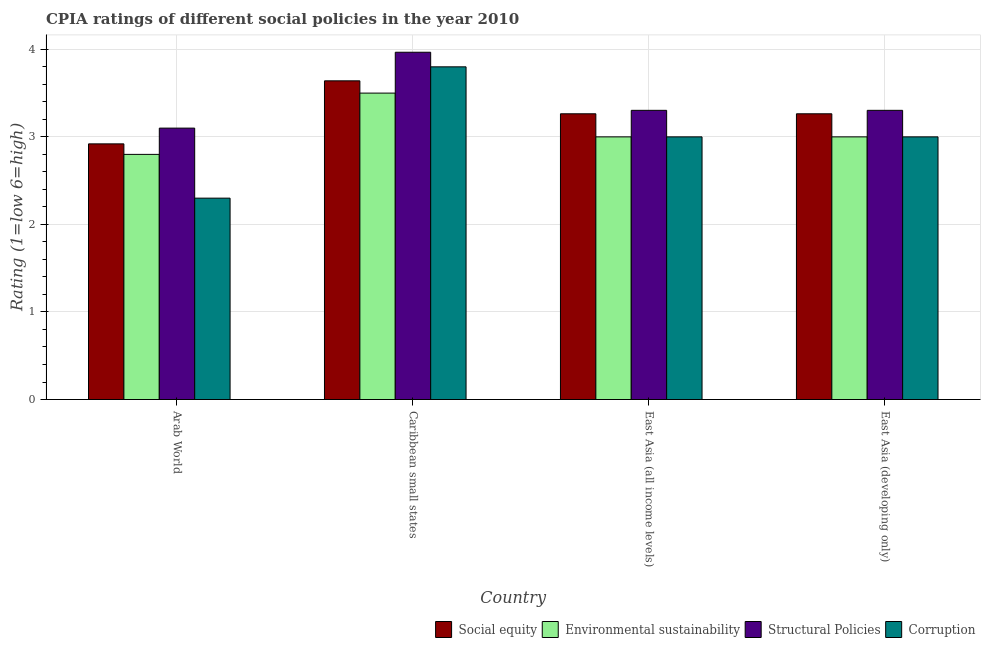
| Country | Social equity | Environmental sustainability | Structural Policies | Corruption |
 | --- | --- | --- | --- | --- |
 | Arab World | 2.92 | 2.8 | 3.1 | 2.3 |
 | Caribbean small states | 3.64 | 3.5 | 3.97 | 3.8 |
 | East Asia (all income levels) | 3.26 | 3 | 3.3 | 3 |
 | East Asia (developing only) | 3.26 | 3 | 3.3 | 3 |